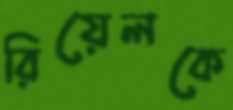
রিয়েলকে